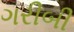
ગરીબી